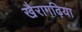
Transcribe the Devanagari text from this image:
खैरागढ़िया